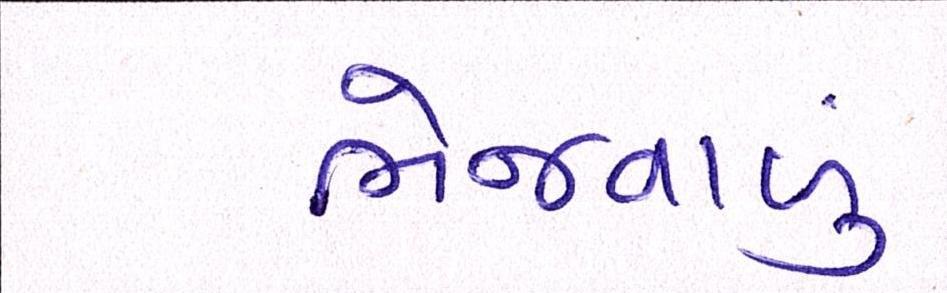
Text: ભેજવાળું